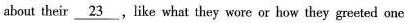
about their \underline{23},like what they wore or how they greeted one